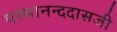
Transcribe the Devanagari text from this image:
परमानन्ददासजी